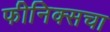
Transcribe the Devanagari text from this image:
फीनिक्सचा